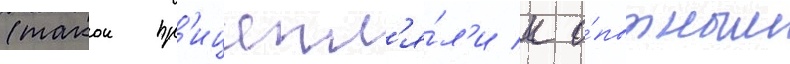
(такои пр'ицепл'я́л'и к о́пытным